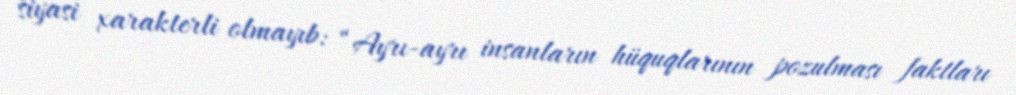
siyasi xarakterli olmayıb: “Ayrı-ayrı insanların hüquqlarının pozulması faktları